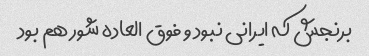
برنجش که ایرانی نبود و فوق العاده شور هم بود